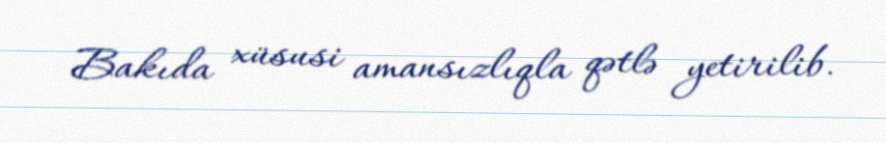
Bakıda xüsusi amansızlıqla qətlə yetirilib.